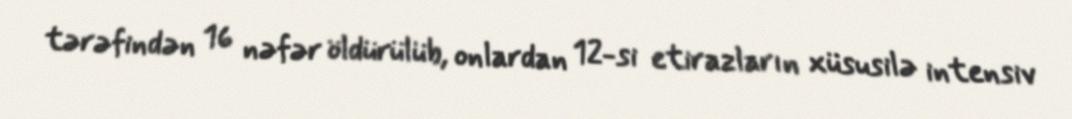
tərəfindən 16 nəfər öldürülüb, onlardan 12-si etirazların xüsusilə intensiv